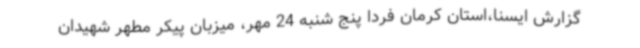
گزارش ایسنا،استان کرمان فردا پنج شنبه 24 مهر، میزبان پیکر مطهر شهیدان